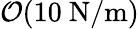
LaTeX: \mathcal{O}(10~\mathrm{N/m})